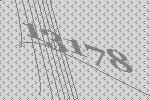
13178